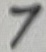
Text: 7